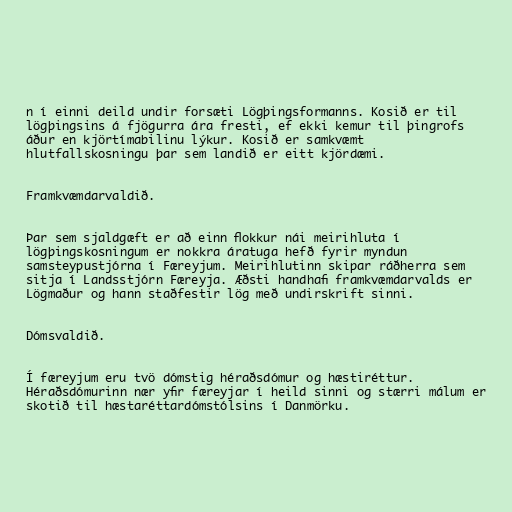
n í einni deild undir forsæti Lögþingsformanns. Kosið er til
lögþingsins á fjögurra ára fresti, ef ekki kemur til þingrofs
áður en kjörtímabilinu lýkur. Kosið er samkvæmt
hlutfallskosningu þar sem landið er eitt kjördæmi.

Framkvæmdarvaldið.

Þar sem sjaldgæft er að einn flokkur nái meirihluta í
lögþingskosningum er nokkra áratuga hefð fyrir myndun
samsteypustjórna í Færeyjum. Meirihlutinn skipar ráðherra sem
sitja í Landsstjórn Færeyja. Æðsti handhafi framkvæmdarvalds er
Lögmaður og hann staðfestir lög með undirskrift sinni.

Dómsvaldið.

Í færeyjum eru tvö dómstig héraðsdómur og hæstiréttur.
Héraðsdómurinn nær yfir færeyjar í heild sinni og stærri málum er
skotið til hæstaréttardómstólsins í Danmörku.